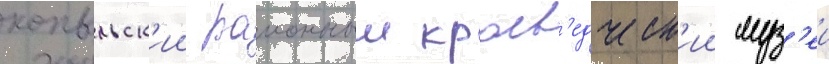
копыльск'ии раионныи краев'едческ'ии муз'еи